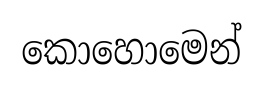
කොහොමෙන්